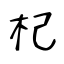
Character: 杞